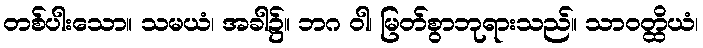
တစ်ပါးသော။ သမယံ၊ အခါ၌။ ဘဂ ဝါ၊ မြတ်စွာဘုရားသည်။ သာဝတ္ထိယံ၊